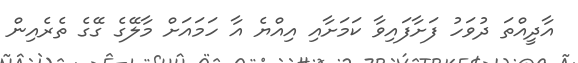
އާދީއްތަ ދުވަހު ފަށާފައިވާ ކަމަށާއި އިއްޔެ އާ ހަމައަށް މާލޭގެ ގޭގެ ތެރެއިން